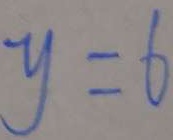
y = 6